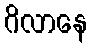
ဂိလာနေ